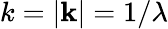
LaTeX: k=|{\mathbf{k}}|=1/\lambda